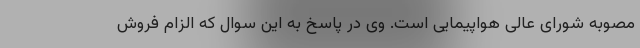
مصوبه شورای عالی هواپیمایی است. وی در پاسخ به این سوال که الزام فروش